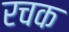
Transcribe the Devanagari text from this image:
रचक